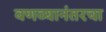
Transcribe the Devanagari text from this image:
वणव्यानंतरचा